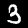
Digit: 3